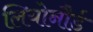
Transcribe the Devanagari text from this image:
लियोनौर्ड